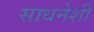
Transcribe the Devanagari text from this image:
साधनेशी